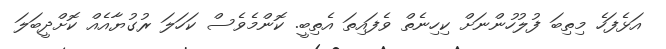
އަޅެފަހެ މިތިބަ ފުލުހުންނަށް ކިހިނެތް ވެފައިތަ އެތިބީ. ކޮންމެވެސް ކަހަލަ ރުގުޔާއެއް ކޮށްދީބަލަ